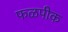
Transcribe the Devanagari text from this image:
फळपीक